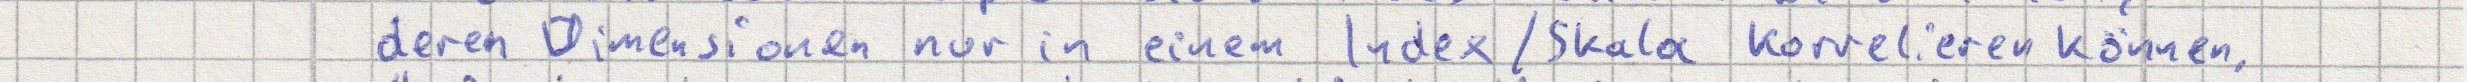
deren Dimensionen nur in einem Index/Skala korrelieren können.